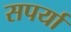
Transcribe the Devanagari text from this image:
सपर्या